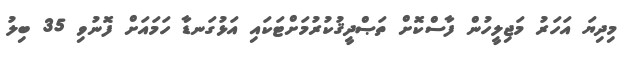
މިދިޔަ އަހަރު މަޖިލީހުން ފާސްކޮށް ތަޞްދީޤުކުރުމަށްޓަކައި އަޅުގަނޑާ ހަމައަށް ފޮނުވި 35 ބިލު